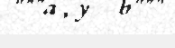
"""a , y = b"""